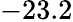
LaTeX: -23.2